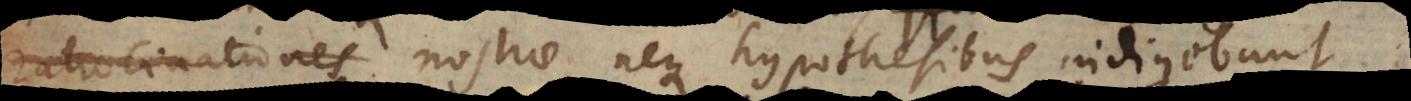
demonstrationes nostrae neque hypothesibus indigebun